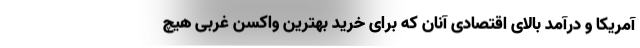
آمریکا و درآمد بالای اقتصادی آنان که برای خرید بهترین واکسن غربی هیچ